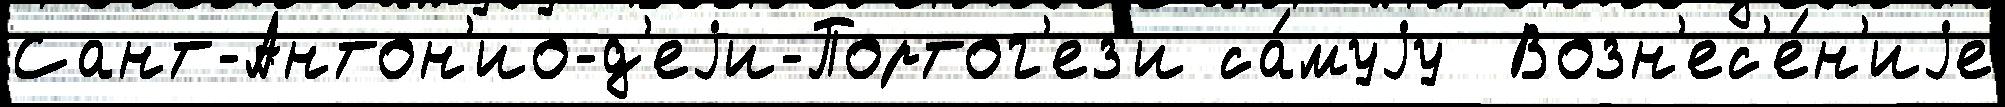
Сант-Антон'ио-д'еjи-Портог'ез'и са́муjу  Возн'ес'е́н'иjе